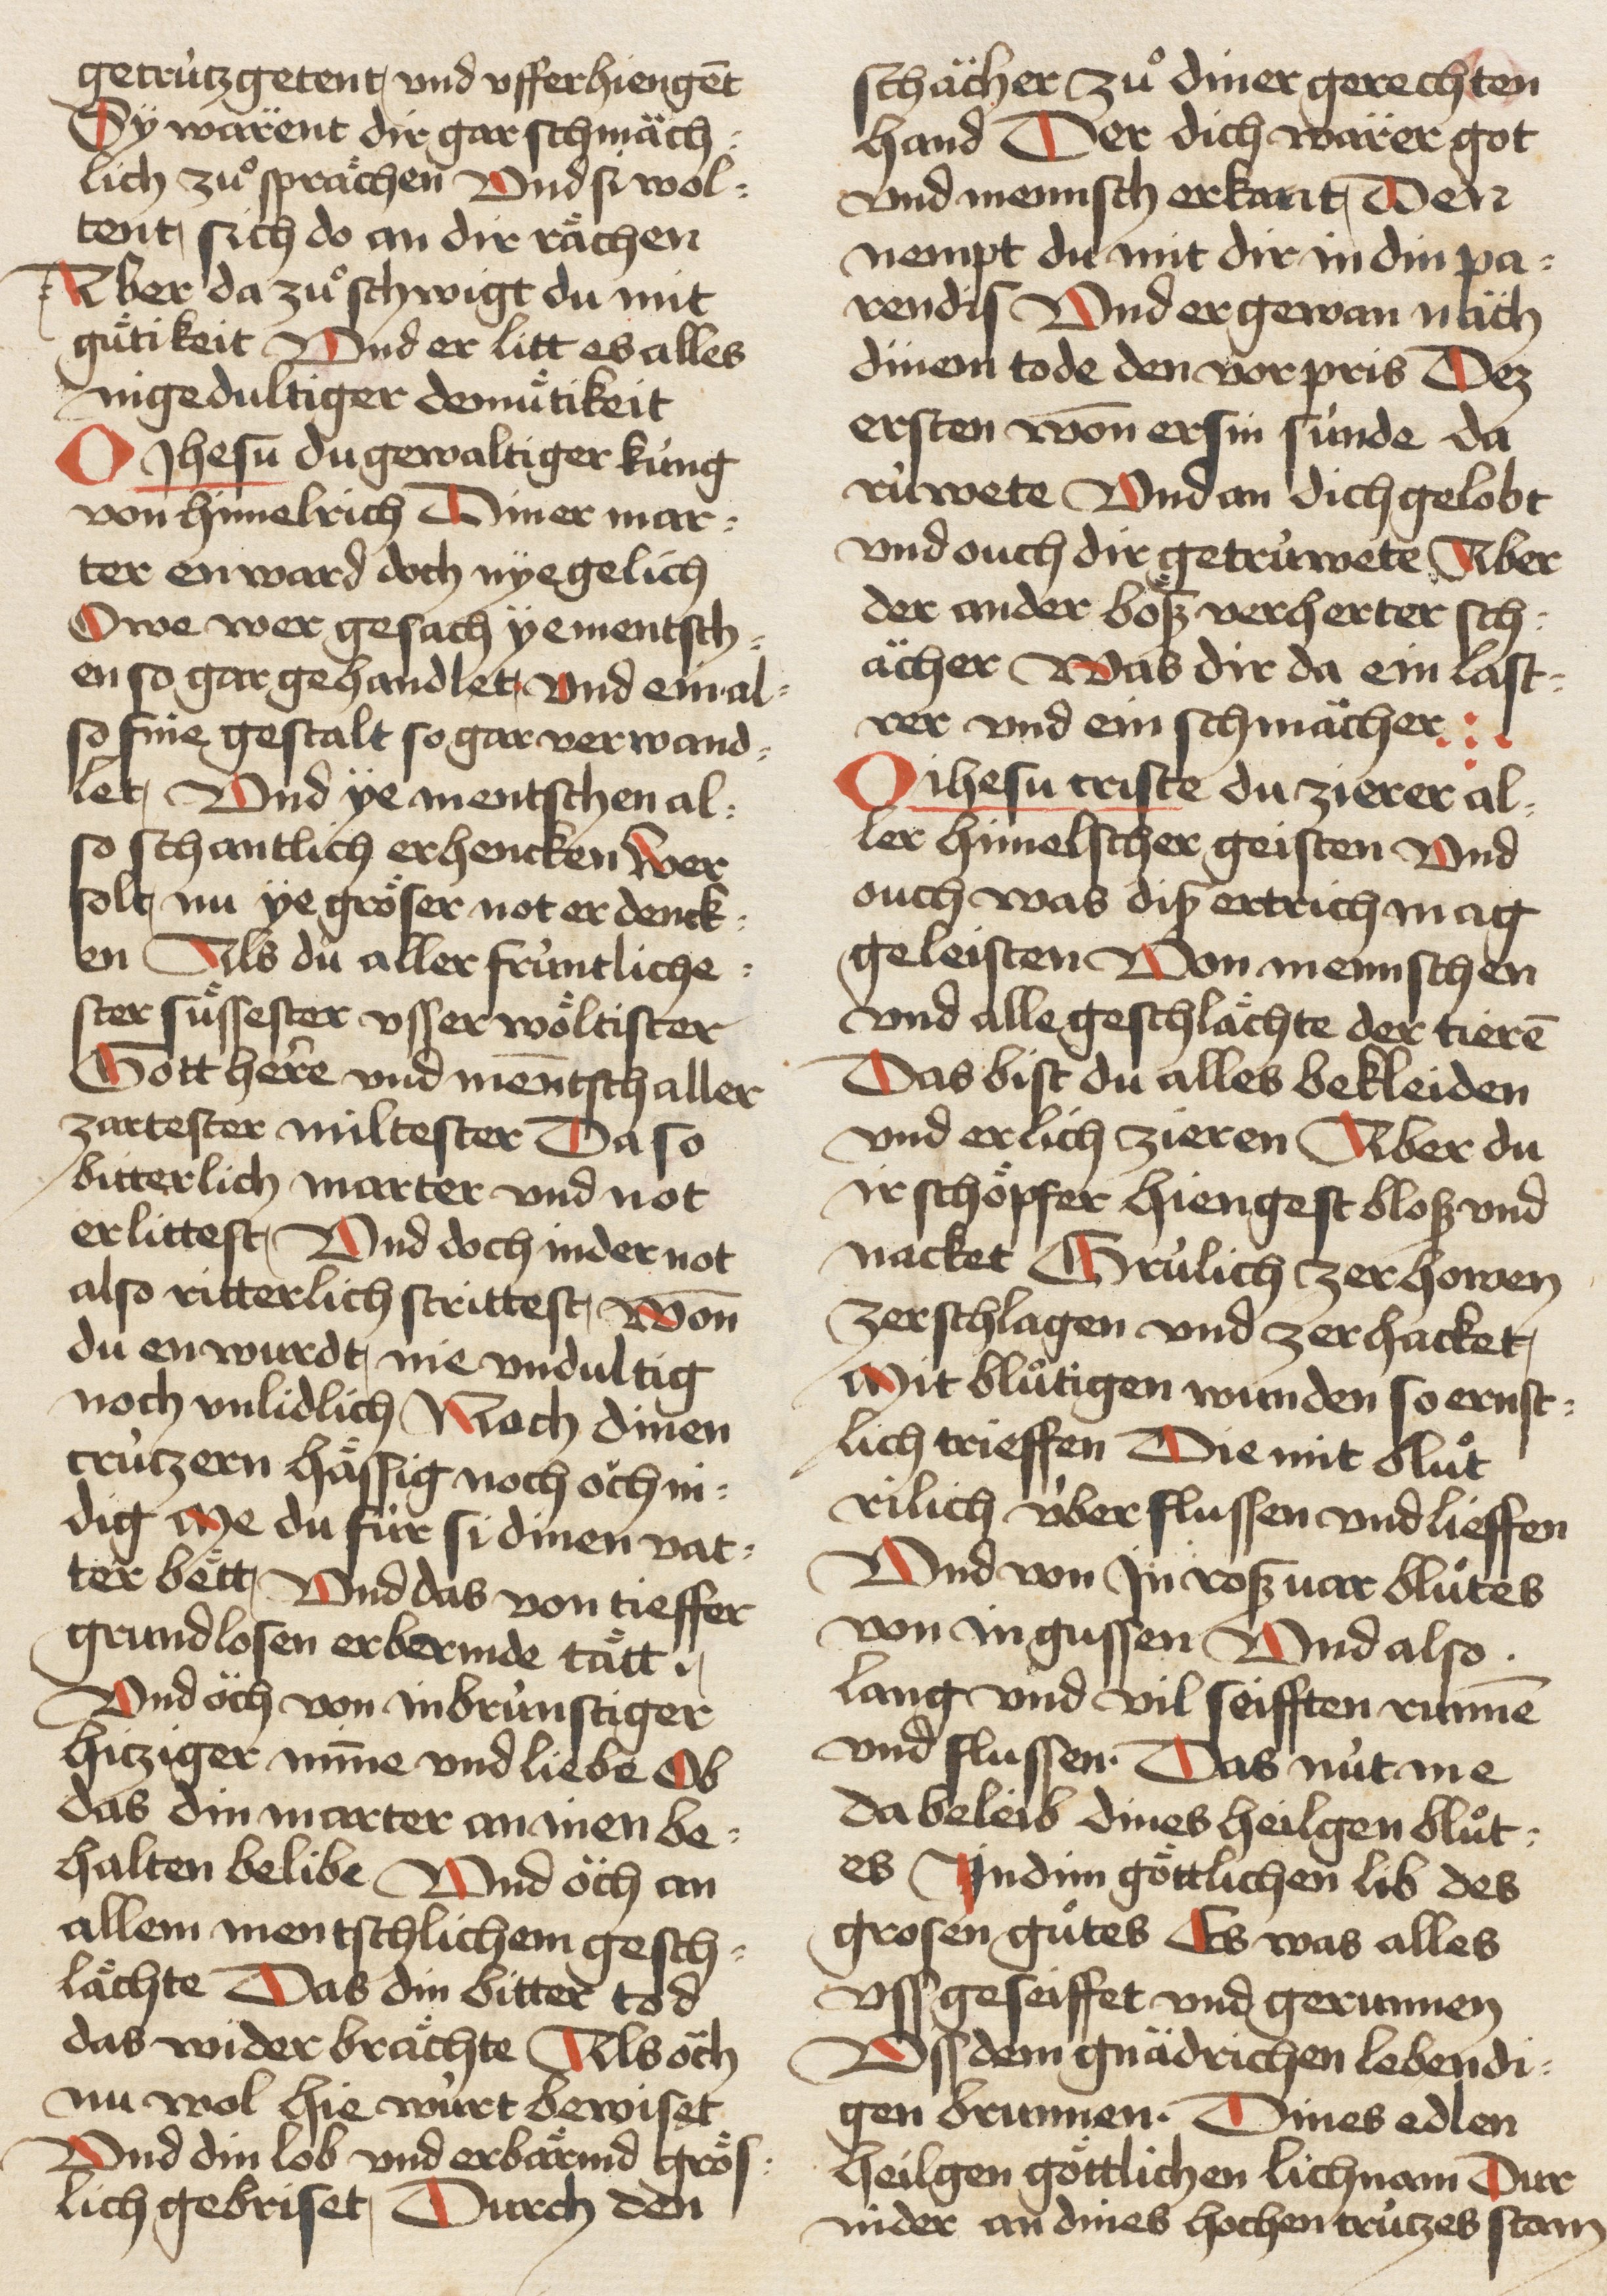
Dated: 1460–1470